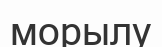
морылу